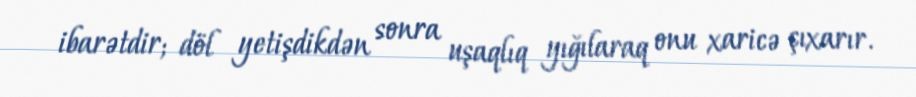
ibarətdir; döl yetişdikdən sonra uşaqlıq yığılaraq onu xaricə çıxarır.